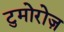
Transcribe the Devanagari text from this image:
टुमोरोज़